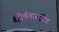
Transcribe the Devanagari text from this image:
तीर्थनारायण